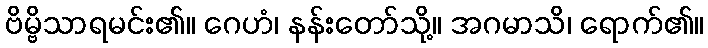
ဗိမ္ဗိသာရမင်း၏။ ဂေဟံ၊ နန်းတော်သို့။ အဂမာသိ၊ ရောက်၏။